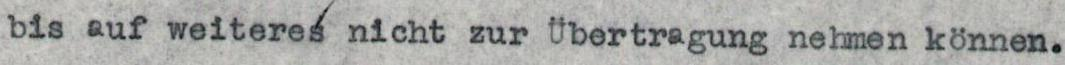
bis auf weiteres nicht zur Übertragung nehmen können.